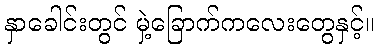
နှာခေါင်းတွင် မှဲ့ခြောက်ကလေးတွေနှင့်။